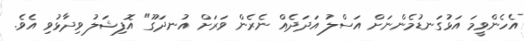
އެހެންވީމަ އަޅުގަނޑުމެންނަށް އަސްލު އަދަދެއް ނެރެން ވަރަށް އުނދަގޫ" އޮފިޝަލު ވިދާޅުވި އެވެ.